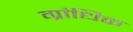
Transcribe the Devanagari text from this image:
ग्रांधिक